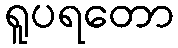
ရူပရတော